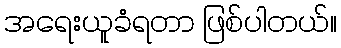
အရေးယူခံရတာ ဖြစ်ပါတယ်။